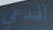
للمدعي